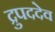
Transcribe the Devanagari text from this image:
द्रुपददेव